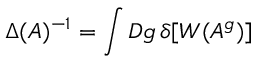
\Delta ( A ) ^ { - 1 } = \int { \cal D } g \, \delta [ W ( A ^ { g } ) ]